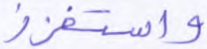
واستفزز